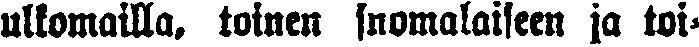
ulkomailla, toinen suomalaiseen ja toi-